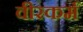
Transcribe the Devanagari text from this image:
वीरकर्म